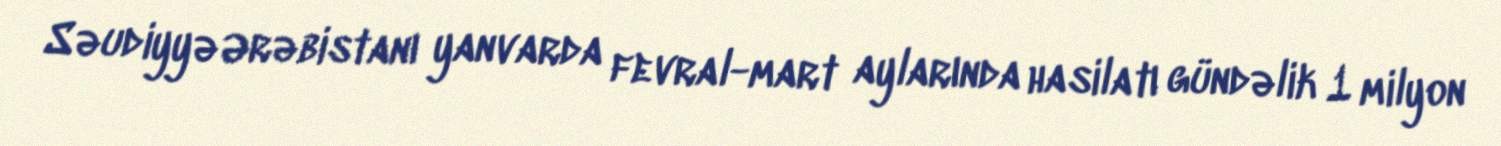
Səudiyyə Ərəbistanı yanvarda fevral-mart aylarında hasilatı gündəlik 1 milyon